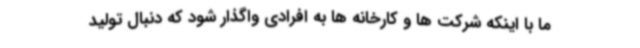
ما با اینکه شرکت ها و کارخانه ها به افرادی واگذار شود که دنبال تولید